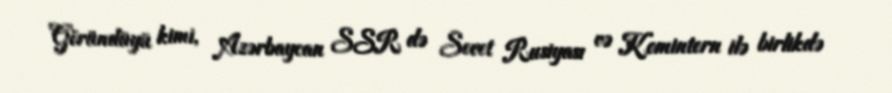
Göründüyü kimi, Azərbaycan SSR də Sovet Rusiyası və Komintern ilə birlikdə